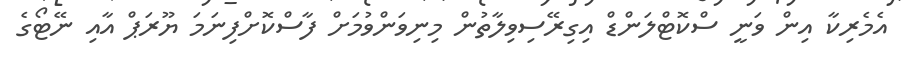
އެމެރިކާ އިން ވަނީ ސްކޮޓްލަންޑް އިގިރޭސިވިލާތުން މިނިވަންވުމަށް ފާސްކޮށްފިނަމަ ޔޫރަޕް އާއި ނޭޓޯގެ